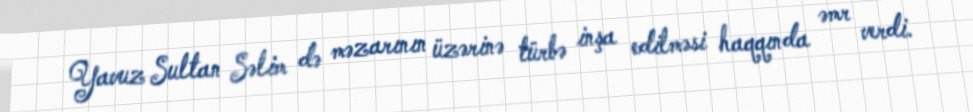
Yavuz Sultan Səlim də məzarının üzərinə türbə inşa edilməsi haqqında əmr verdi.